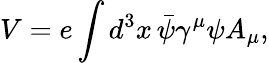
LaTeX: V=e\int d^{3}x\, {\bar{\psi}}\gamma^{\mu}\psi A_{\mu},